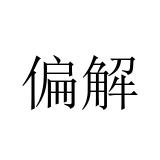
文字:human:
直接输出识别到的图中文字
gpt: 偏解